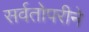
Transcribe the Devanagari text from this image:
सर्वतोपरीने